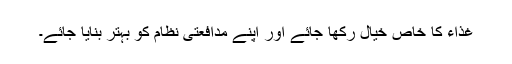
غذاء کا خاص خیال رکھا جائے اور اپنے مدافعتی نظام کو بہتر بنایا جائے۔